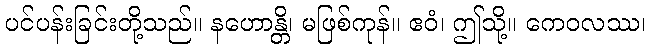
ပင်ပန်းခြင်းတို့သည်။ နဟောန္တိ၊ မဖြစ်ကုန်။ ဧဝံ၊ ဤသို့။ ကေဝလဿ၊